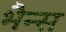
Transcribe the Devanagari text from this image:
भैन्स